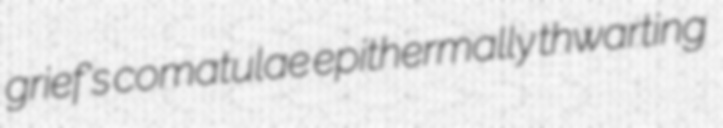
grief's comatulae epithermally thwarting